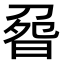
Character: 𠝽